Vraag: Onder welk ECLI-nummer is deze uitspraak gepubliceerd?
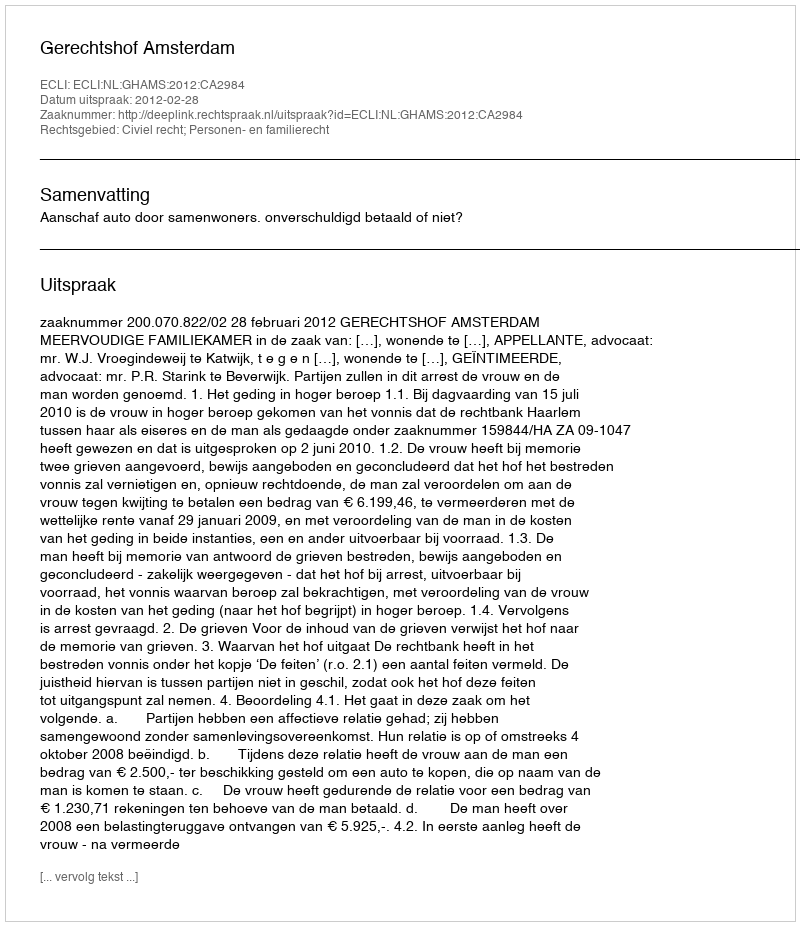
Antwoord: ECLI:NL:GHAMS:2012:CA2984